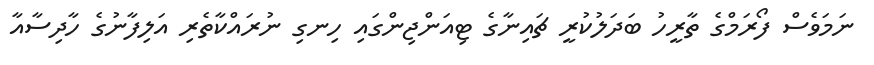
ނަމަވެސް ފޯރަމްގެ ތާރީހު ބަދަލުކުރީ ޗައިނާގެ ޓިއަންޖިންގައި ހިނގި ނުރައްކާތެރި އަލިފާނުގެ ހާދިސާއާ